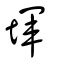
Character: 堚